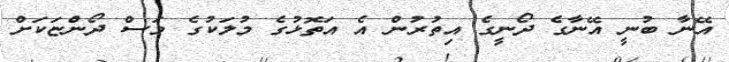
އޭނާ ބުނީ އޭނާގެ ދޯނީގެ އިތުރުން އެ އަތޮޅުގެ މުލަކުގެ މަސް ދޯންޏަކަށް